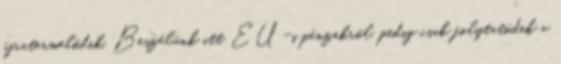
újratermelődik. Beszélünk itt EU-s pénzekről, pedig csak folytatódik a